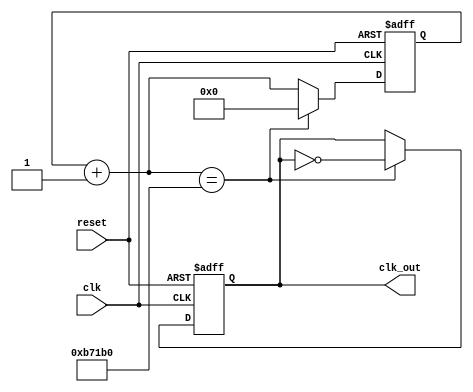
// clock divider from the 10 MHz input clock to a 1 Hz clock
module clk_div_V1 (clk, reset, clk_out);

    input clk;
    input reset;
    output clk_out;

    reg [19:0] counter;
    wire [19:0] counterplus;
    reg clk_track;

    always @(posedge clk or negedge reset)
    begin
        
        if(~reset) begin
            counter = 0;
            clk_track <= 0;
        end
        else if(counterplus == 750000) begin
            counter = 0;
            clk_track <= ~clk_track;
        end
        else
            counter = counterplus; 
    end

    assign counterplus = counter + 1;
    assign clk_out = clk_track;

endmodule